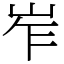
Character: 岝